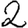
Digit: 2